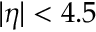
| \eta | < 4 . 5